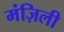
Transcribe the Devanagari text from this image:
मंज़िली